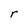
Character: r